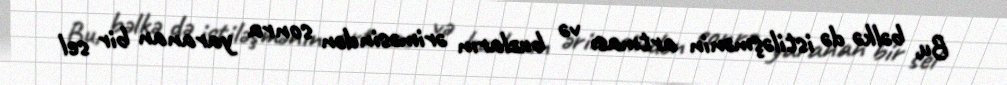
Bu, bəlkə də istiləşmənin artması və buzların əriməsindən sonra yaranan bir sel